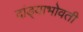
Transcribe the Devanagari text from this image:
दांड्याभोवती